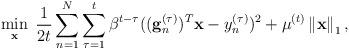
LaTeX: \begin{align*}\min_{\mathbf{x}}\;\frac{1}{2t}\sum_{n=1}^{N}\sum_{\tau=1}^{t}\beta^{t-\tau}((\mathbf{g}_{n}^{(\tau)})^{T}\mathbf{x}-y_{n}^{(\tau)})^{2}+\mu^{(t)}\left\Vert \mathbf{x}\right\Vert _{1},\end{align*}